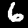
Digit: 6